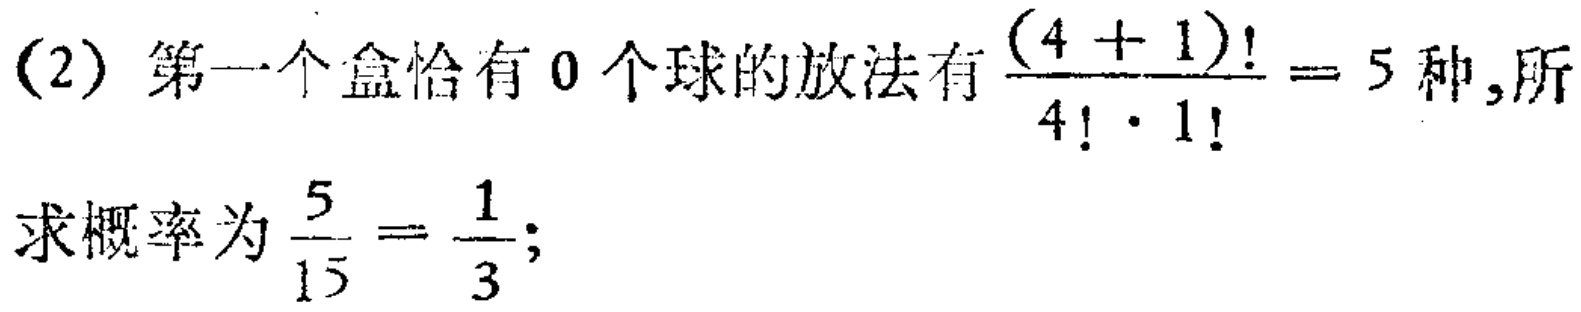
(2) 第一个盒恰有 0 个球的放法有$\frac{(4 + 1)!}{4!\cdot1!}=5$种, 所求概率为$\frac{5}{15}=\frac{1}{3}$;